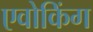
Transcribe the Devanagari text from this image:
एवोकिंग